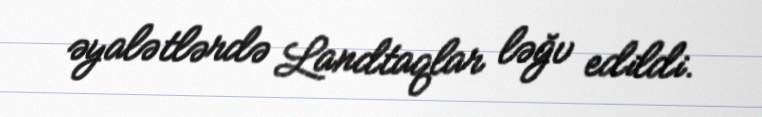
əyalətlərdə Landtaqlar ləğv edildi.